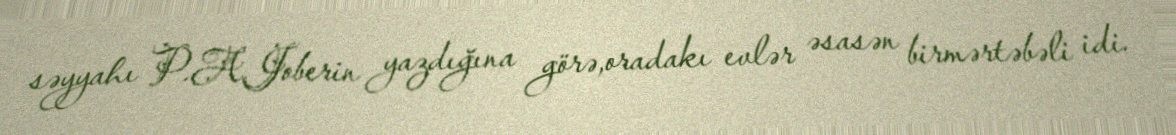
səyyahı P.A.Joberin yazdığına görə,oradakı evlər əsasən birmərtəbəli idi.